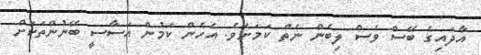
އާދައިގެ ބޭސް ވެސް ލިބެން ނެތް ކަމަށެވެ. އެހެން ކަމުން އަސާސީ ބޭނުންތަކަށް